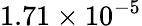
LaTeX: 1.71\times 10^{-5}